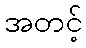
အတင့်